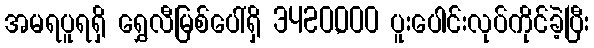
အမရပူရရှိ ရွှေလီမြစ်ပေါ်ရှိ 3420,000 ပူးပေါင်းလုပ်ကိုင်ခဲ့ပြီး